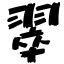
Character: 翠